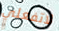
لاتفعلي